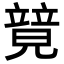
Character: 𥪰